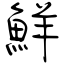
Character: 鮮